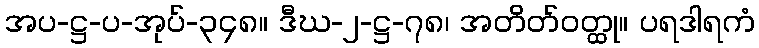
အပ-ဋ္ဌ-ပ-အုပ်-၃၄၈။ ဒီဃ-၂-ဋ္ဌ-၇၈၊ အတိတ်ဝတ္ထု။ ပရဒါရကံ